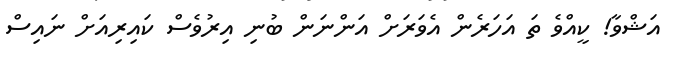
އަޝްވާ! ކީއްވެ ތަ އަހަރެން އެވަރަށް އަންނަން ބުނި އިރުވެސް ކައިރިއަށް ނައިސް